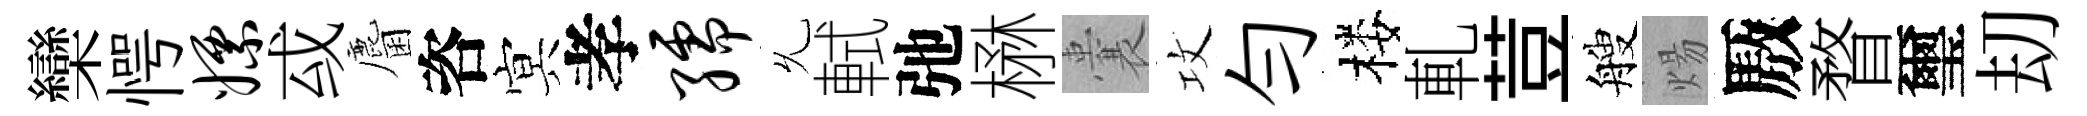
欒愕嫖㦯麕咨㝠孝孺𠃔軾弛楙囊攻勻楼軋荳艘煬厫瞀璽刧